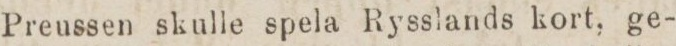
Preussen skulle spela Rysslands kort, ge-